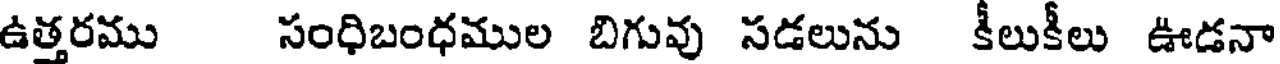
ఉత్తరము సంధిబంధముల బిగువు సడలును కీలుకీలు ఊడనా